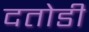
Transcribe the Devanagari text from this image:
दतोडी